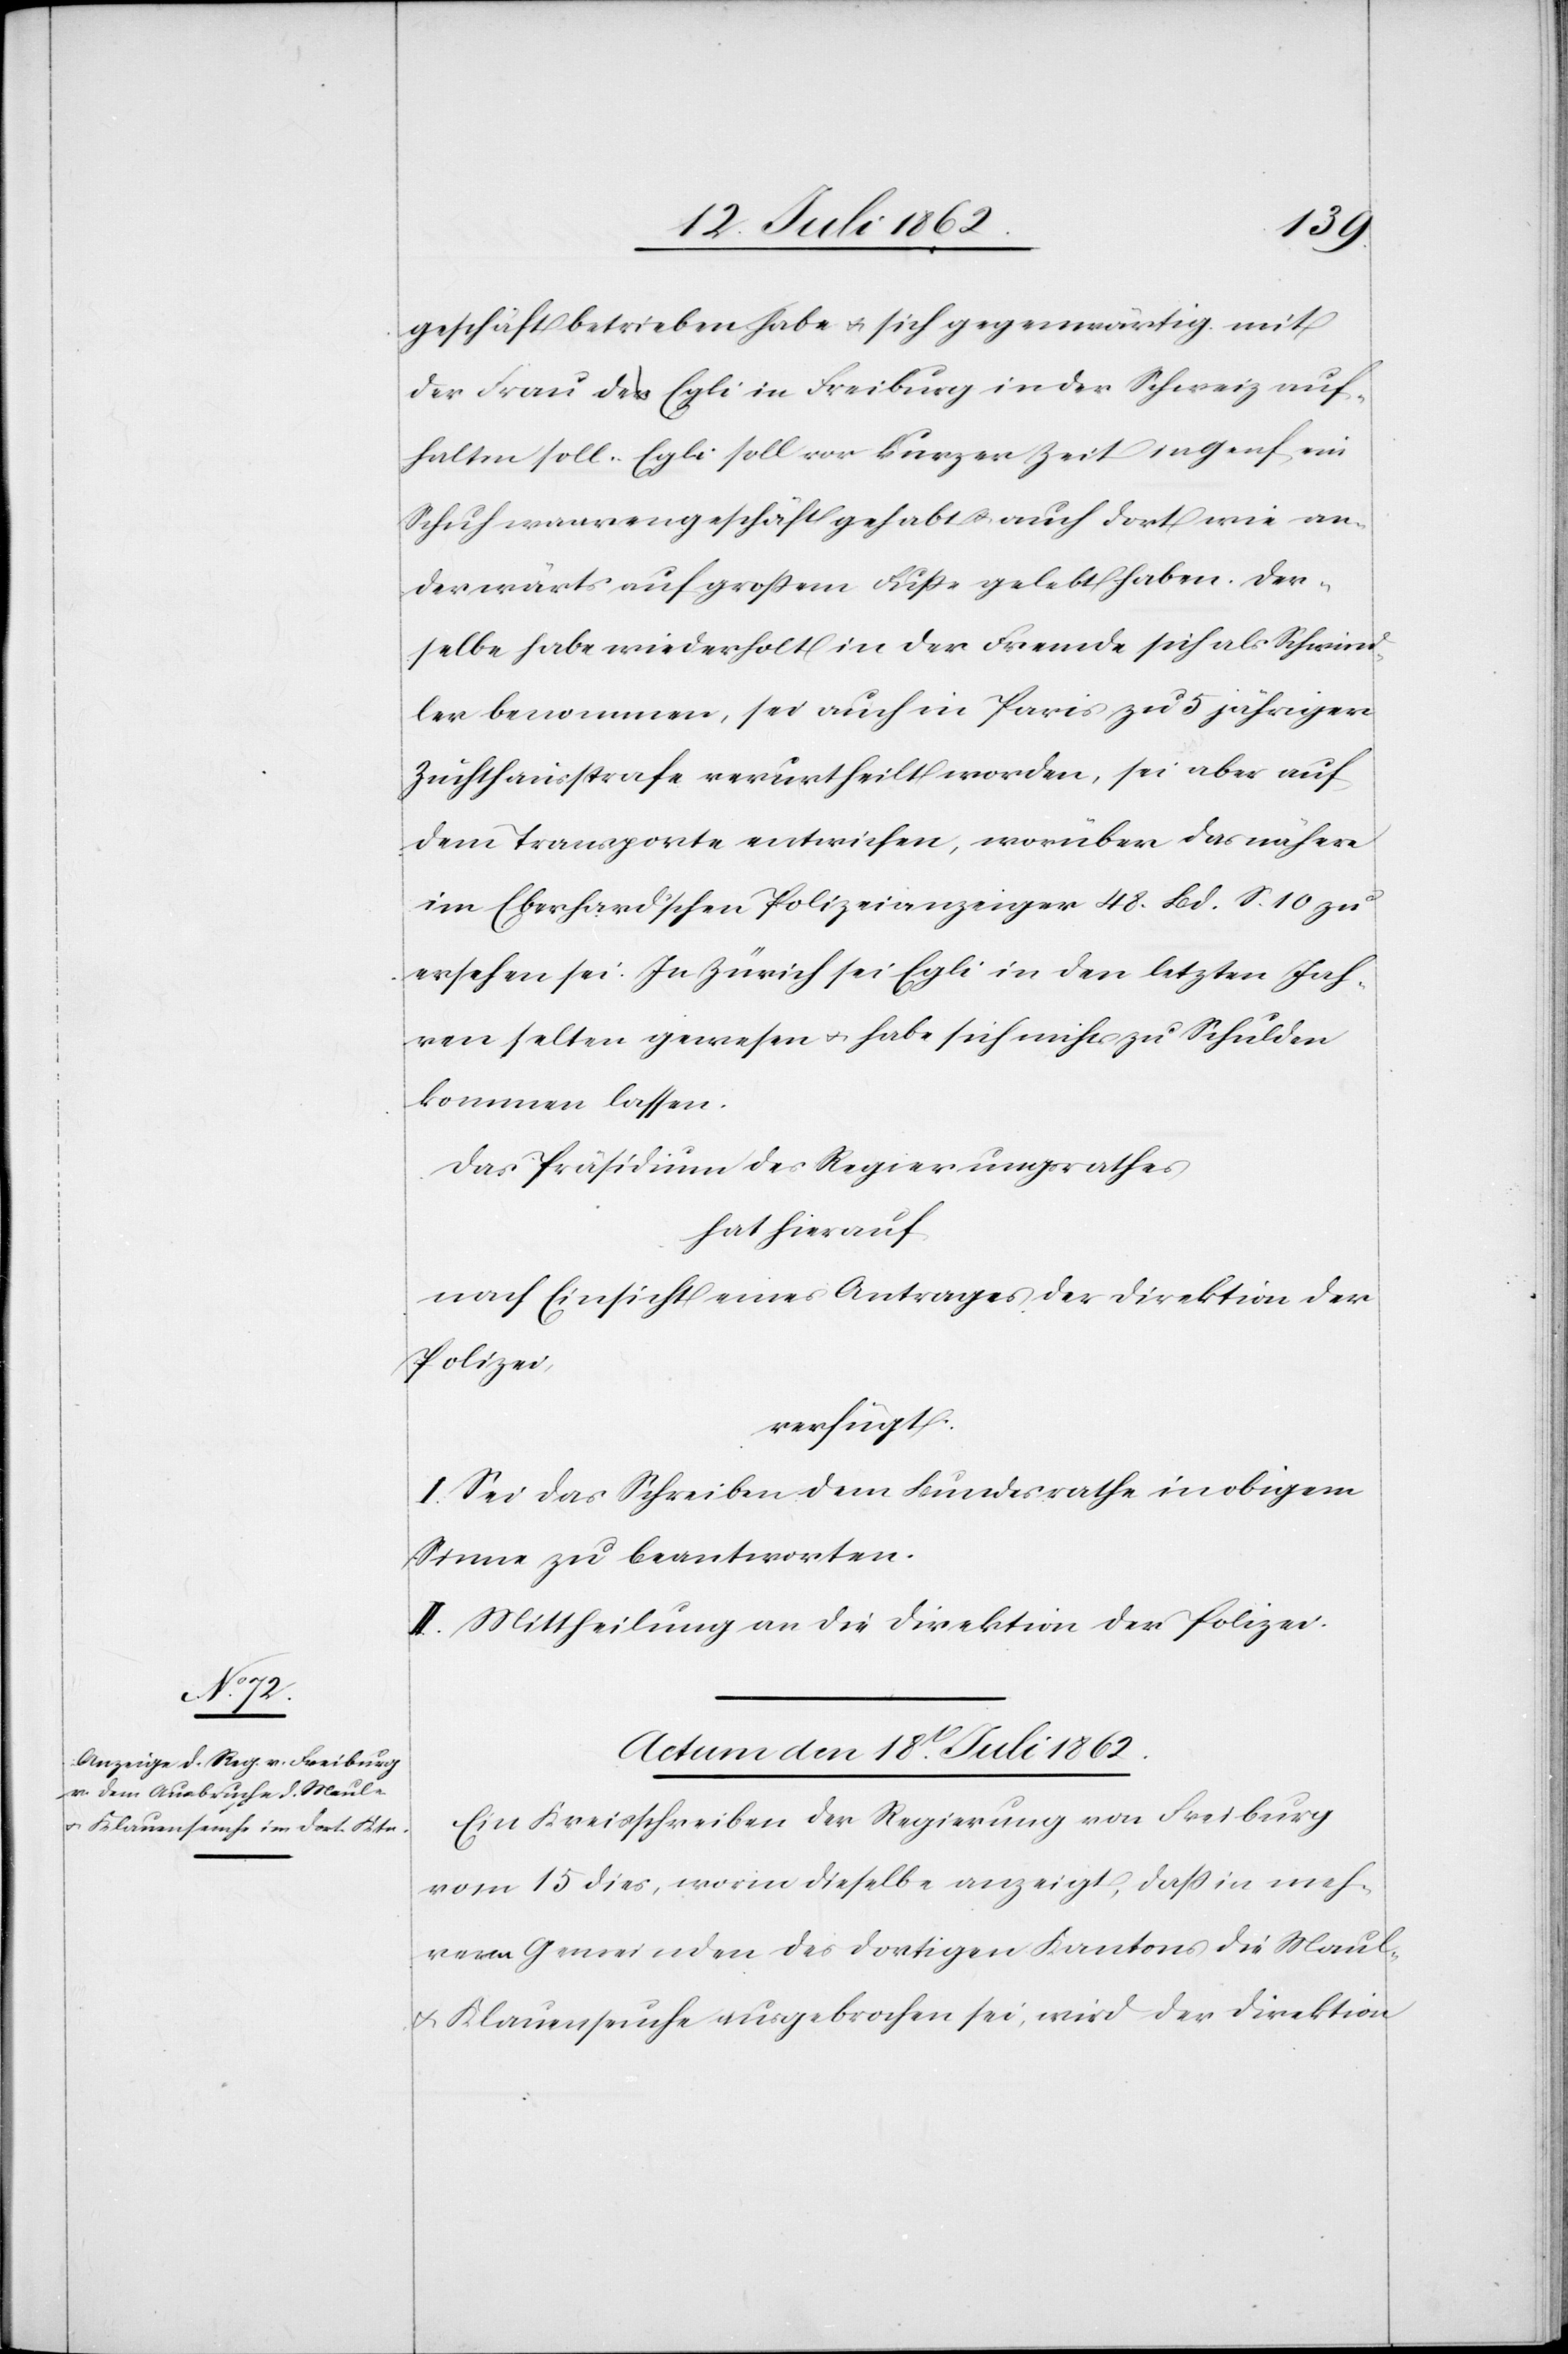
geschäft betrieben habe u. sich gegenwärtig mit
der Frau des Egli in Freiburg in der Schweiz auf¬
halten soll. Egli soll vor kurzer Zeit in Genf ein
Schuhwaarengeschäft gehabt u. auch dort wie an¬
derwärts auf großem Fuße gelebt haben. Der¬
selbe habe wiederholt in der Fremde sich als Schwin¬
dler benommen, sei auch in Paris zu 5 jähriger
Zuchthausstrafe verurtheilt worden, sei aber auf
dem Transporte entwichen, worüber das nähere
im Eberhard’schen Polizeianzeiger 48 Bd. S. 10 zu
ersehen sei. In Zürich sei Egli in den letzten Jah¬
ren selten gewesen u. habe sich nichts zu Schulden
kommen lassen.
Das Präsidium des Regierungsrathes
hat hierauf
nach Einsicht eines Antrages der Direktion der
Polizei,
verfügt:
I. Sei das Schreiben dem Bundesrathe in obigem
Sinne zu beantworten.
II. Mittheilung an die Direktion der Polizei.
Actum den 18t Juli 1862.
Ein Kreisschreiben der Regierung von Freiburg
vom 15. dies, worin dieselbe anzeigt, daß in meh¬
reren Gemeinden des dortigen Kantons die Maul-
u. Klauenseuche ausgebrochen sei, wird der Direktion